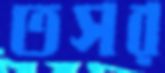
তসর